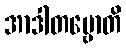
အာဒါတဗ္ဗောတိ